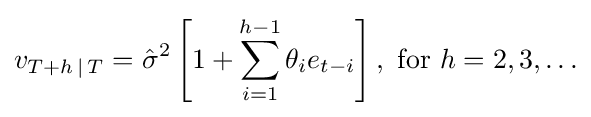
v_{T+h\,\mid \,T}={\hat {\sigma }}^{2}\left[1+\sum _{i=1}^{h-1}\theta _{i}e_{t-i}\right],{\text{ for }}h=2,3,\ldots